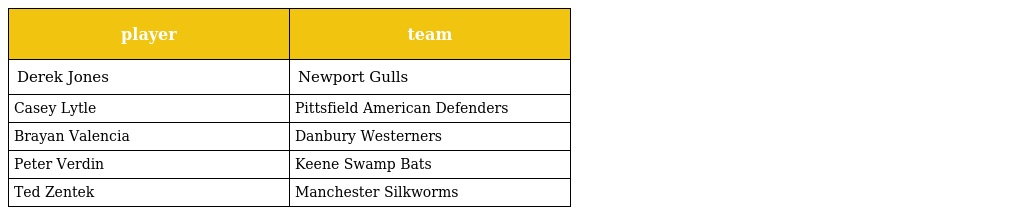
| player | team |
 | --- | --- |
 | Derek Jones | Newport Gulls |
 | Casey Lytle | Pittsfield American Defenders |
 | Brayan Valencia | Danbury Westerners |
 | Peter Verdin | Keene Swamp Bats |
 | Ted Zentek | Manchester Silkworms |